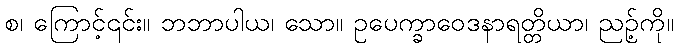
စ၊ ကြောင့်၎င်း။ ဘဘာပါယ၊ သော။ ဥပေက္ခာဝေဒနာရတ္တိယာ၊ ညဉ့်ကို။